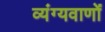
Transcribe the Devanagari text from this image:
व्यंग्यवाणों